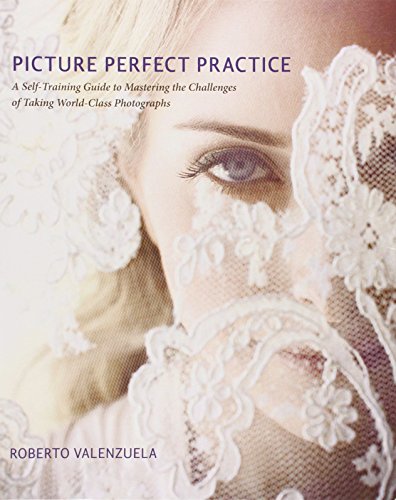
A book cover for Picture Perfect Practice: A Self-Training Guide to Mastering the Challenges of Taking World-Class Photographs (Voices That Matter); Roberto Valenzuela; Crafts, Hobbies & Home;